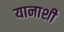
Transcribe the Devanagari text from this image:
यानाशी